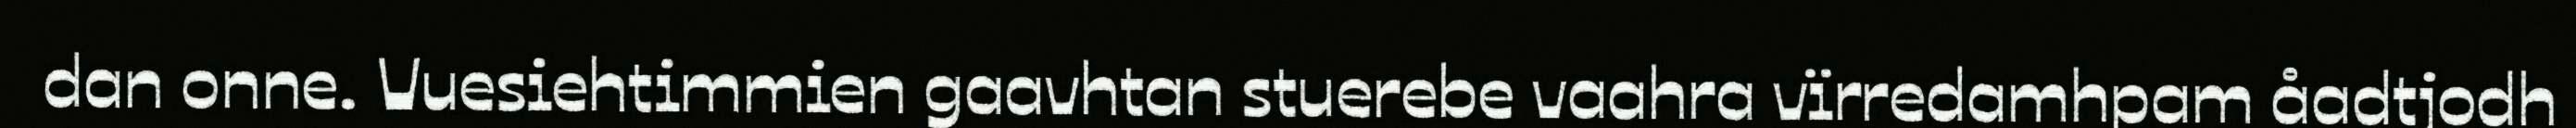
dan onne. Vuesiehtimmien gaavhtan stuerebe vaahra vïrredamhpam åadtjodh